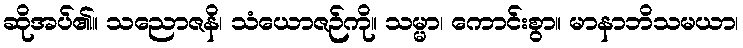
ဆိုအပ်၏။ သညောဇနိ၊ သံယောဇဉ်ကို။ သမ္မာ၊ ကောင်းစွာ။ မာနာဘိသမယာ၊